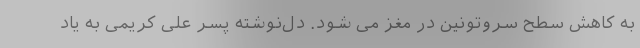
به کاهش سطح سروتونین در مغز می شود. دل‌نوشته پسر علی کریمی به یاد